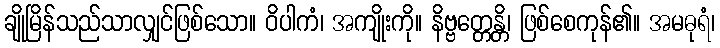
ချိုမြိန်သည်သာလျှင်ဖြစ်သော။ ဝိပါကံ၊ အကျိုးကို။ နိဗ္ဗတ္တေန္တိ၊ ဖြစ်စေကုန်၏။ အမဓုရံ၊